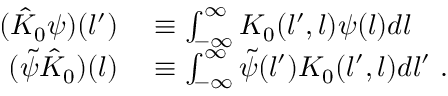
\begin{array} { r l } { ( \hat { K } _ { 0 } \psi ) ( l ^ { \prime } ) } & { { } \equiv \int _ { - \infty } ^ { \infty } K _ { 0 } ( l ^ { \prime } , l ) \psi ( l ) d l } \\ { ( \tilde { \psi } \hat { K } _ { 0 } ) ( l ) } & { { } \equiv \int _ { - \infty } ^ { \infty } \tilde { \psi } ( l ^ { \prime } ) K _ { 0 } ( l ^ { \prime } , l ) d l ^ { \prime } \ . } \end{array}